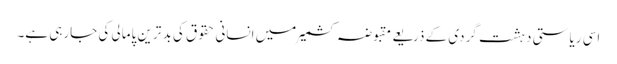
اسی ریاستی دہشت گردی کے ذریعے مقبوضہ کشمیر میں انسانی حقوق کی بد ترین پامالی کی جارہی ہے۔